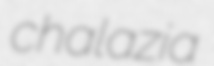
chalazia